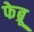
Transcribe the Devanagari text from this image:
फेब्रू